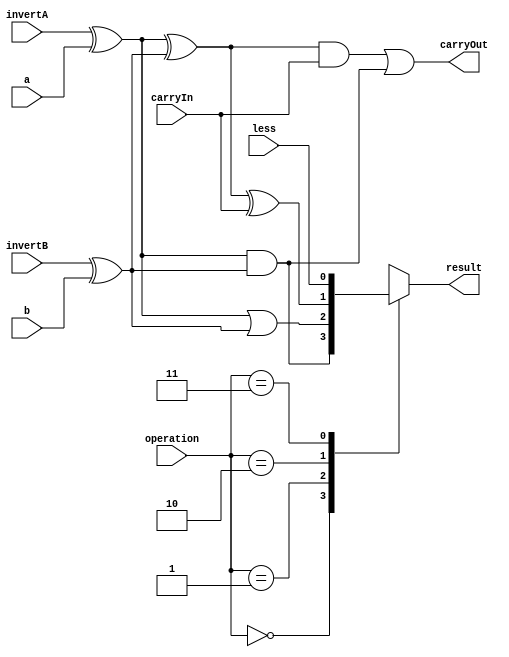
module ALU_1bit( result, carryOut, a, b, invertA, invertB, operation, carryIn, less ); 
  
  output wire result;
  output wire carryOut;
  
  input wire a;
  input wire b;
  input wire invertA;
  input wire invertB;
  input wire[1:0] operation;
  input wire carryIn;
  input wire less;
  
 
  
  /*Addtional Temp*/
  wire temp_a,temp_b;
  wire or_temp,and_temp;
  wire temp1,temp2,sum;
  reg  temp;
  assign result=temp;
  
  /*Elementary Operation*/
  xor a_invert(temp_a,invertA,a);
  xor b_invert(temp_b,invertB,b);
  and ANDgate(and_temp,temp_a,temp_b);
  or ORgate(or_temp,temp_a,temp_b);
 
  /*Full Adder*/  
  xor AxorB(temp1,temp_a,temp_b);
  xor xorcin(sum,temp1,carryIn);//cinxorAxorB
  and cout_step1(temp2,temp1,carryIn);
  or  carryout(carryOut,temp2,and_temp);//carry_out
  
  always@(*)begin
	case(operation)
	2'b00:temp = and_temp;
	2'b01:temp = or_temp;
	2'b10:temp = sum;
	2'b11:temp = less;
	endcase
end
  
endmodule